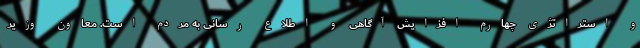
و استراتژی چهارم افزایش آگاهی و اطلاع رسانی به مردم است. معاون وزیر